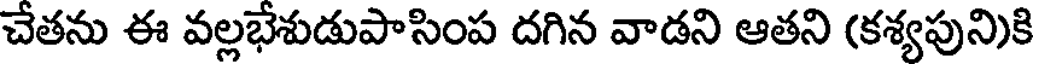
చేతను ఈ వల్లభేశుడుపాసింప దగిన వాడని ఆతని (కశ్యపుని)కి